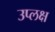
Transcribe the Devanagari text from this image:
उप्लक्ष